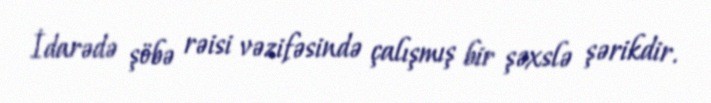
İdarədə şöbə rəisi vəzifəsində çalışmış bir şəxslə şərikdir.